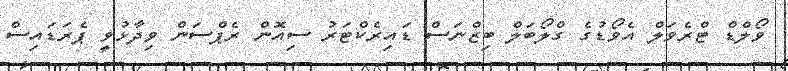
ވޯލްޑް ޓްރެވަލް އެވޯޑުގެ ގްލޯބަލް ބިޒްނަސް ޑައިރެކްޓަރު ސިއޮން ރެޕްސަން ވިދާޅުވީ ޕެރަޑައިސް